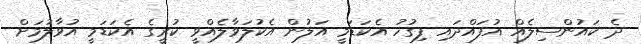
ދެ ކައުންސިލެއް އުފައްދައި ފިގުހު އެކަޑަމީ އަލުން އެކުލަވާލެއްވީ ކުރީގެ އެކަޑަމީ އުވާލުމަށް